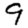
Digit: 9